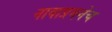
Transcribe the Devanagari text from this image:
नावाप्रमनेच